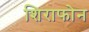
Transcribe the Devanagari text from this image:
शिराफोन